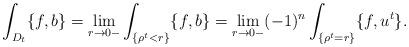
LaTeX: \begin{align*} \int_{D_t} \{f, b\}=\lim_{r\to 0-}\int_{\{\rho^t<r\}}\{f, b\}= \lim_{r\to 0-} (-1)^n \int_{\{\rho^t=r\}}\{f,u^t\}.\end{align*}